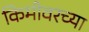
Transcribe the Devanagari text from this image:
किमीवरच्या